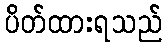
ပိတ်ထားရသည်